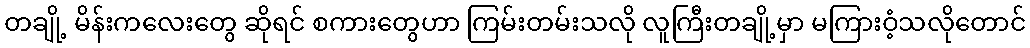
တချို့ မိန်းကလေးတွေ ဆိုရင် စကားတွေဟာ ကြမ်းတမ်းသလို လူကြီးတချို့မှာ မကြားဝံ့သလိုတောင်